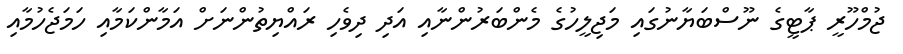
ޖުމްހޫރީ ޕާޓީގެ ނޫސްބަޔާނުގައި މަޖިލީހުގެ މެންބަރުންނާއި އަދި ދިވެހި ރައްޔިތުންނަށް އަމާންކަމާއި ހަމަޖެހުމާއި